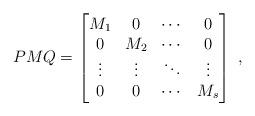
LaTeX: \begin{align*} P M Q = \begin{bmatrix} M_1 & 0 & \cdots & 0 \\ 0 & M_2 & \cdots & 0 \\ \vdots & \vdots & \ddots & \vdots \\ 0 & 0 & \cdots & M_s \end{bmatrix}\,\,,\end{align*}